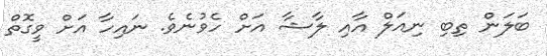
ބަލަން ތިބި ނިއަލް އާއި ލާޝާ އަށް ހެވުނެވެ. ނައިހާ އަށް ވީގޮތް